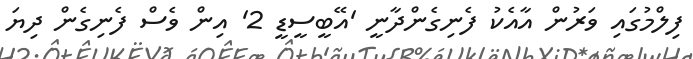
ފިލްމުގައި ވަރުން އާއެކު ފެނިގެންދާނީ 'އޭބީސީޑީ 2' އިން ވެސް ފެނިގެން ދިޔަ